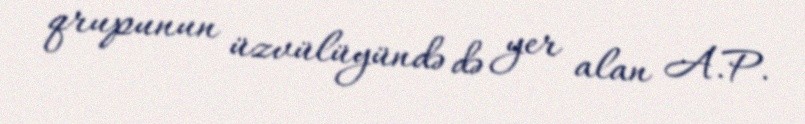
qrupunun üzvülüyündə də yer alan A.P.